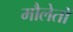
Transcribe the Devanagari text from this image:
मौलेतों